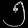
Digit: ၅